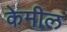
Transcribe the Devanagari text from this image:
केमील